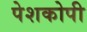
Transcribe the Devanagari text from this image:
पेशकोपी